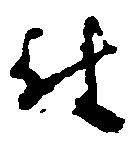
被